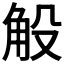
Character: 𧣇